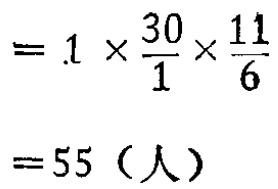
\[

\begin{align*}

&= 1\times\frac{30}{1}\times\frac{11}{6}\\

&= 55（人）

\end{align*}

\]